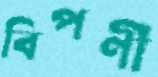
বিপণী